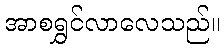
အာစရွှင်လာလေသည်။